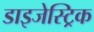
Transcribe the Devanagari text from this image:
डाइजेस्ट्रिक